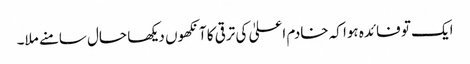
ایک تو فائدہ ہوا کہ خادم اعلیٰ کی ترقی کا آنکھوں دیکھا حال سامنے ملا۔